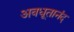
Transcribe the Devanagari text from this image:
अवधूतानंद